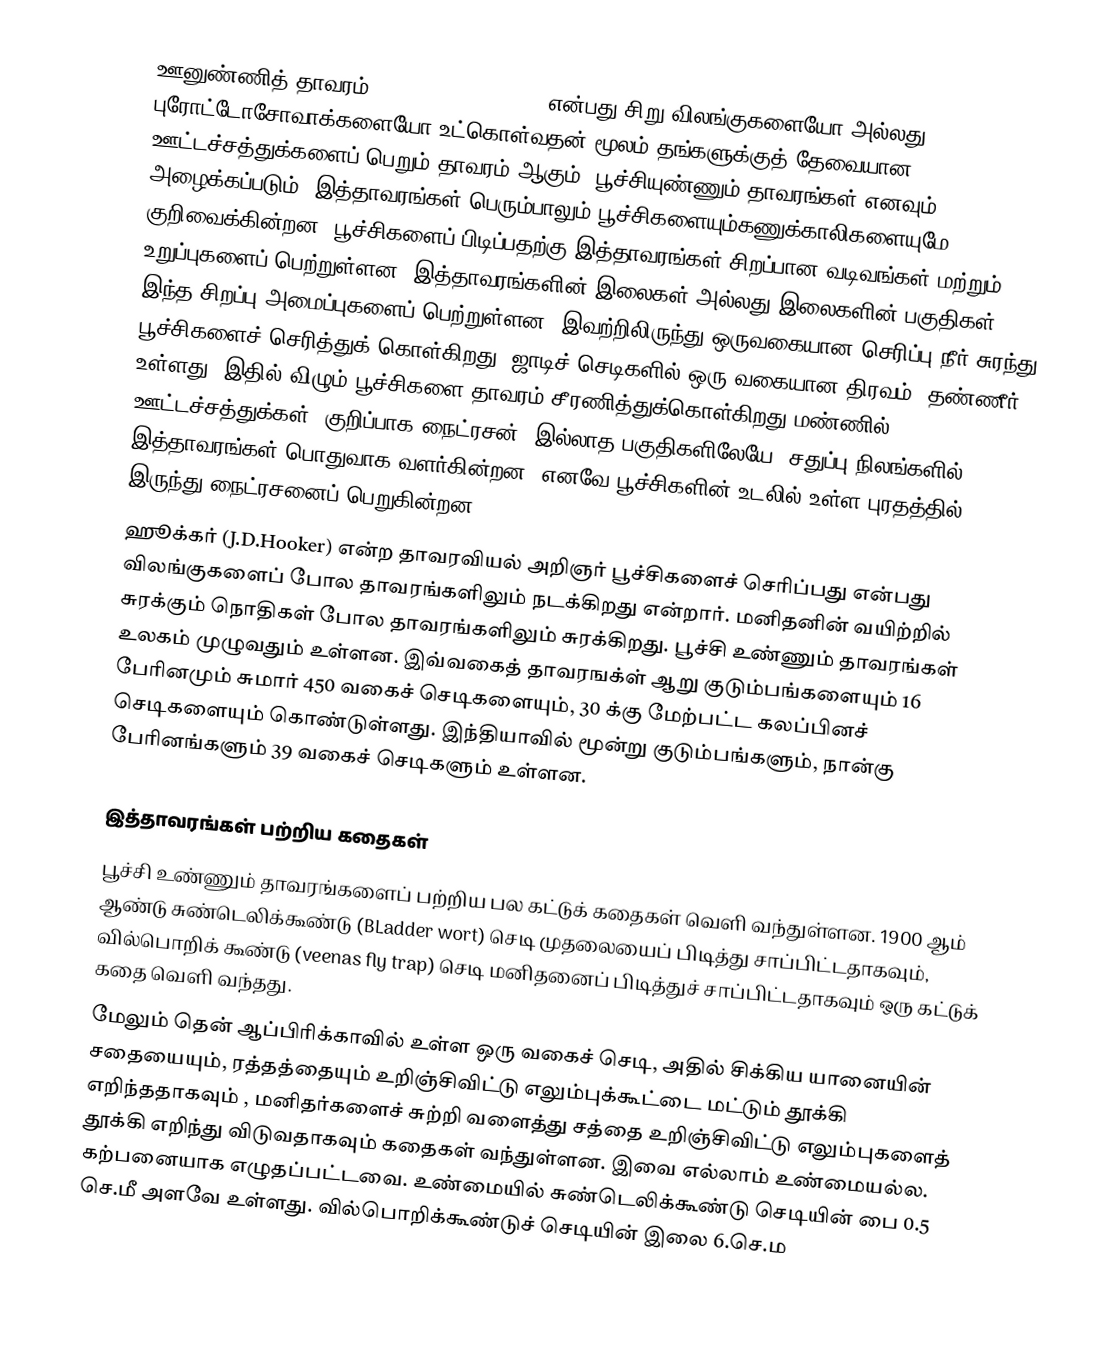
ஊனுண்ணித் தாவரம் (Carnivorous plant),  என்பது  சிறு விலங்குகளையோ அல்லது புரோட்டோசோவாக்களையோ உட்கொள்வதன் மூலம் தங்களுக்குத் தேவையான ஊட்டச்சத்துக்களைப் பெறும் தாவரம் ஆகும். பூச்சியுண்ணும் தாவரங்கள் எனவும் அழைக்கப்படும். இத்தாவரங்கள் பெரும்பாலும் பூச்சிகளையும்கணுக்காலிகளையுமே குறிவைக்கின்றன. பூச்சிகளைப் பிடிப்பதற்கு இத்தாவரங்கள் சிறப்பான வடிவங்கள் மற்றும் உறுப்புகளைப் பெற்றுள்ளன. இத்தாவரங்களின் இலைகள் அல்லது இலைகளின் பகுதிகள் இந்த சிறப்பு அமைப்புகளைப் பெற்றுள்ளன. இவற்றிலிருந்து ஒருவகையான செரிப்பு நீர் சுரந்து பூச்சிகளைச் செரித்துக் கொள்கிறது. ஜாடிச் செடிகளில் ஒரு வகையான திரவம், தண்ணீர் உள்ளது. இதில் விழும் பூச்சிகளை தாவரம் சீரணித்துக்கொள்கிறது.மண்ணில் ஊட்டச்சத்துக்கள் (குறிப்பாக நைட்ரசன்) இல்லாத பகுதிகளிலேயே (சதுப்பு நிலங்களில்) இத்தாவரங்கள் பொதுவாக வளர்கின்றன. எனவே பூச்சிகளின் உடலில் உள்ள புரதத்தில் இருந்து நைட்ரசனைப் பெறுகின்றன.
ஹூக்கர் (J.D.Hooker) என்ற தாவரவியல் அறிஞர் பூச்சிகளைச் செரிப்பது என்பது விலங்குகளைப் போல தாவரங்களிலும் நடக்கிறது என்றார். மனிதனின் வயிற்றில் சுரக்கும் நொதிகள் போல தாவரங்களிலும் சுரக்கிறது. பூச்சி உண்ணும் தாவரங்கள் உலகம் முழுவதும் உள்ளன. இவ்வகைத் தாவரஙக்ள் ஆறு குடும்பங்களையும் 16 பேரினமும் சுமார் 450 வகைச் செடிகளையும், 30 க்கு மேற்பட்ட கலப்பினச் செடிகளையும்  கொண்டுள்ளது. இந்தியாவில் மூன்று குடும்பங்களும், நான்கு பேரினங்களும் 39 வகைச் செடிகளும் உள்ளன.

இத்தாவரங்கள் பற்றிய கதைகள்
பூச்சி உண்ணும் தாவரங்களைப் பற்றிய பல கட்டுக் கதைகள் வெளி வந்துள்ளன. 1900 ஆம் ஆண்டு சுண்டெலிக்கூண்டு (BLadder wort)  செடி முதலையைப் பிடித்து சாப்பிட்டதாகவும், வில்பொறிக் கூண்டு (veenas fly trap)  செடி மனிதனைப் பிடித்துச் சாப்பிட்டதாகவும் ஒரு கட்டுக் கதை வெளி வந்தது.
மேலும் தென் ஆப்பிரிக்காவில் உள்ள ஒரு வகைச் செடி, அதில் சிக்கிய யானையின் சதையையும், ரத்தத்தையும் உறிஞ்சிவிட்டு எலும்புக்கூட்டை மட்டும் தூக்கி எறிந்ததாகவும் , மனிதர்களைச் சுற்றி வளைத்து சத்தை உறிஞ்சிவிட்டு எலும்புகளைத் தூக்கி எறிந்து விடுவதாகவும் கதைகள் வந்துள்ளன. இவை எல்லாம் உண்மையல்ல. கற்பனையாக எழுதப்பட்டவை. உண்மையில் சுண்டெலிக்கூண்டு செடியின் பை 0.5 செ.மீ அளவே உள்ளது. வில்பொறிக்கூண்டுச் செடியின் இலை 6.செ.ம